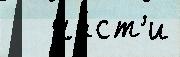
   ча́ст'и